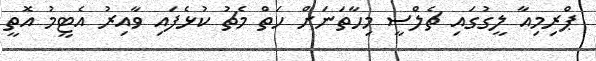
ޕްރިމިއާ ލީގުގައި ޗެލްސީ މިހާތަނަށް ހަތް މެޗު ކުޅެފައި ވާއިރު އެޓީމު އޮތީ